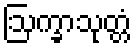
ဩက္ခာသုတ္တံ